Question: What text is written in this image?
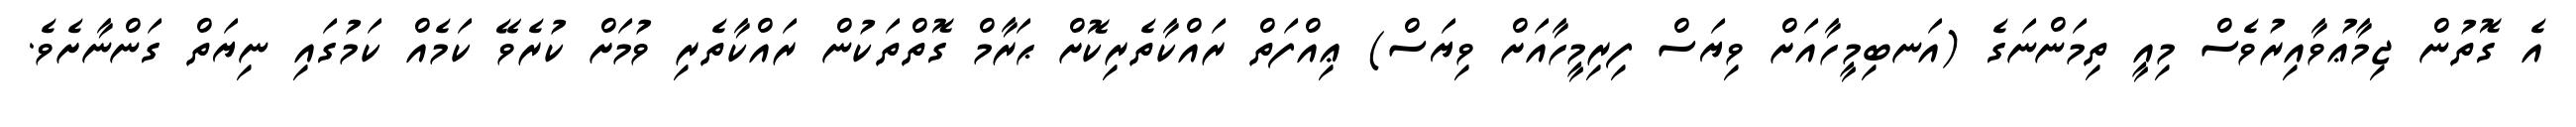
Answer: އެ ގޮތުން ޖިމާޢުވާއިރުވެސް މިއީ ތިމަންނަގެ (އަނބިމީހާއަށް ވިޔަސް ފިރިމީހާއަށް ވިޔަސް) ޢިއްފަތް ރައްކާތެރިކޮށް ޙަރާމް ގޮތްތަކުން ރައްކާތެރި ވުމަށް ކުރެވޭ ކަމެއް ކަމުގައި ނިޔަތް ގަންނާށެވެ.